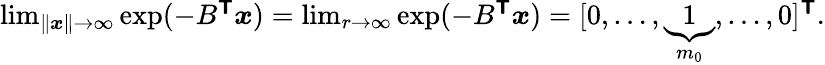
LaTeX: \begin{array}{r}{\operatorname*{lim}_{\| \boldsymbol{x}\| \rightarrow\infty}\exp(-B^{\boldsymbol{\mathsf{T}}}\boldsymbol{x})=\operatorname*{lim}_{r\rightarrow\infty}\exp(-B^{\boldsymbol{\mathsf{T}}}\boldsymbol{x})=[0,\ldots,\underbrace{1}_{m_{0}},\ldots,0]^{\boldsymbol{\mathsf{T}}}.}\end{array}